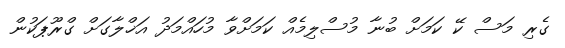
ގެރި މަސް ކޭ ކަމަށް ބުނާ މުސްލިމެއް ކަމަށްވާ މުހައްމަދު އަޚްލާގަށް ގްރޫޕަކުން